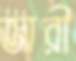
জারী